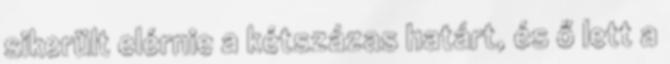
sikerült elérnie a kétszázas határt, és ő lett a